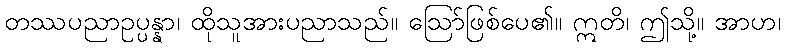
တဿပညာဥပ္ပန္နာ၊ ထိုသူအားပညာသည်။ ဩော်ဖြစ်ပေ၏။ ဣတိ၊ ဤသို့။ အာဟ၊